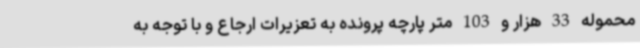
محموله 33 هزار و 103 متر پارچه پرونده به تعزیرات ارجاع و با توجه به